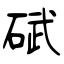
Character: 碔